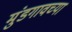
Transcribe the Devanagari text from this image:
मुंडगावच्या